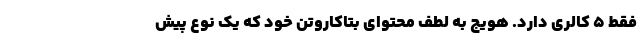
فقط 5 کالری دارد. هویج به لطف محتوای بتاکاروتن خود که یک نوع پیش‌